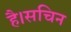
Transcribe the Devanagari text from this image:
है।सचिन